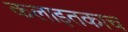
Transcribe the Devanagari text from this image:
कलाइतकाच